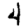
Digit: 4